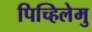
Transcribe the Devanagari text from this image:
पिच्हिलेमु